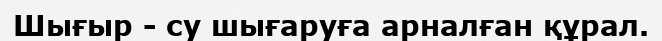
Шығыр - су шығаруға арналған құрал.